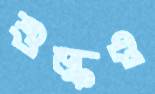
শুল্কও